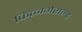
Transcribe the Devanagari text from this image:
फित्जगेराल्ड